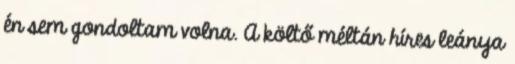
én sem gondoltam volna. A költő méltán híres leánya